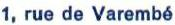
1, rue de Varembé